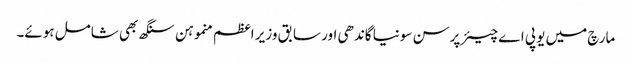
مارچ میں یو پی اے چیئرپرسن سونیا گاندھی اور سابق وزیر اعظم منموہن سنگھ بھی شامل ہوئے۔